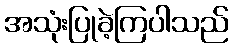
အသုံးပြုခဲ့ကြပါသည်